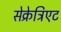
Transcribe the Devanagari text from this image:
सेक्रेट्रिएट